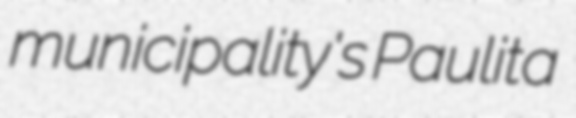
municipality's Paulita